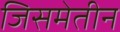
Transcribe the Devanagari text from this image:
जिसमेतीन